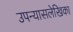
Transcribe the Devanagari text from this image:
उपन्यासलेखिका